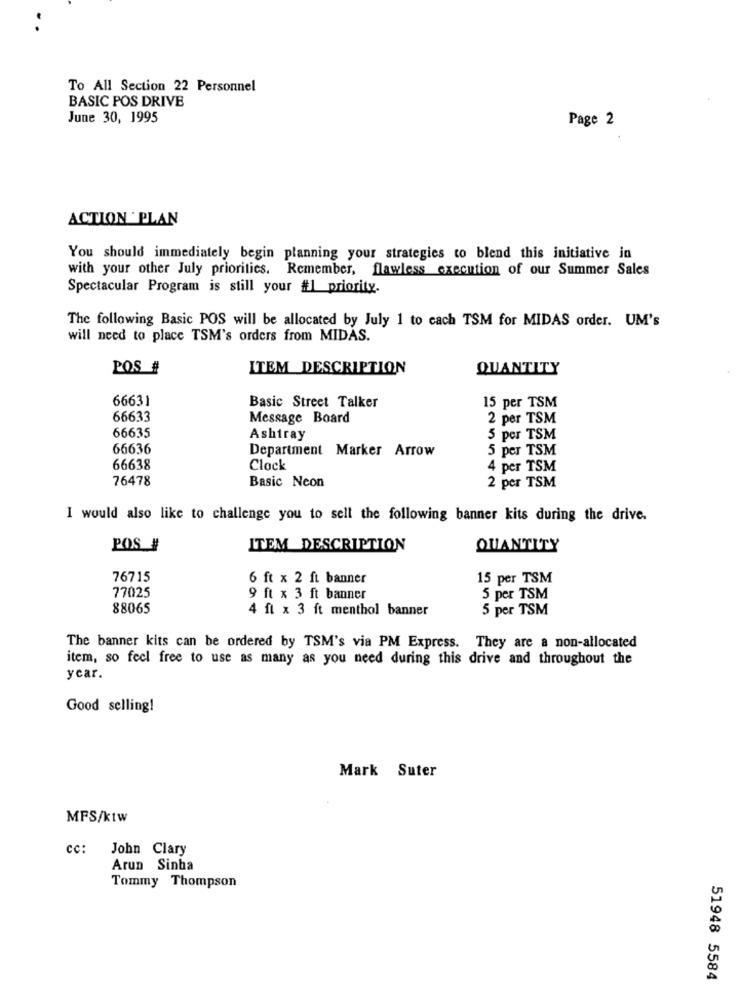
To All Section 22 Personnel
BASIC POS DRIVE
June 30, 1995
Page 2
ACTION ' PLAN
You should immediately begin planning your strategies to blend this initiative in
with your other July priorities. Remember, flawless execution of our Summer Sales
Spectacular Program is still your #1 priority.
The following Basic POS will be allocated by July 1 to cach TSM for MIDAS order. UM's
will need to place TSM's orders from MIDAS.
POS #
ITEM_DESCRIPTION
QUANTITY
6663
15 per TSM
Basic Street Talker
66633
Message Board
2 per TSM
66635
Ashtray
5 per TSM
66636
Department Marker Arrow
5 per TSM
66638
Clock
4 per TSM
76478
Basic Neon
2 per TSM
I would also like to challenge you to sell the following banner kits during the drive.
POS #
ITEM _DESCRIPTION
QUANTITY
76715
6 ft x 2 ft banner
15 per TSM
77025
9 ft x 3 ft banner
5 per TSM
88065
4 fl x 3 ft menthol banner
5 per TSM
The banner kits can be ordered by TSM's via PM Express. They are a non-allocated
item, so feel free to use as many as you need during this drive and throughout the
year.
Good selling!
Mark Suter
MFS/ktw
cc:
John Clary
Arun Sinha
Tommy Thompson
51948 5584